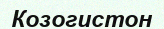
Козогистон